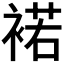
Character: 𧛭